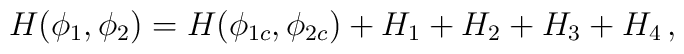
H(\phi_1,\phi_2)=H(\phi_{1c},\phi_{2c})+H_1+H_2+H_3+H_4 \, ,